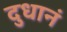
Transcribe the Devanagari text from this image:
दुधानं